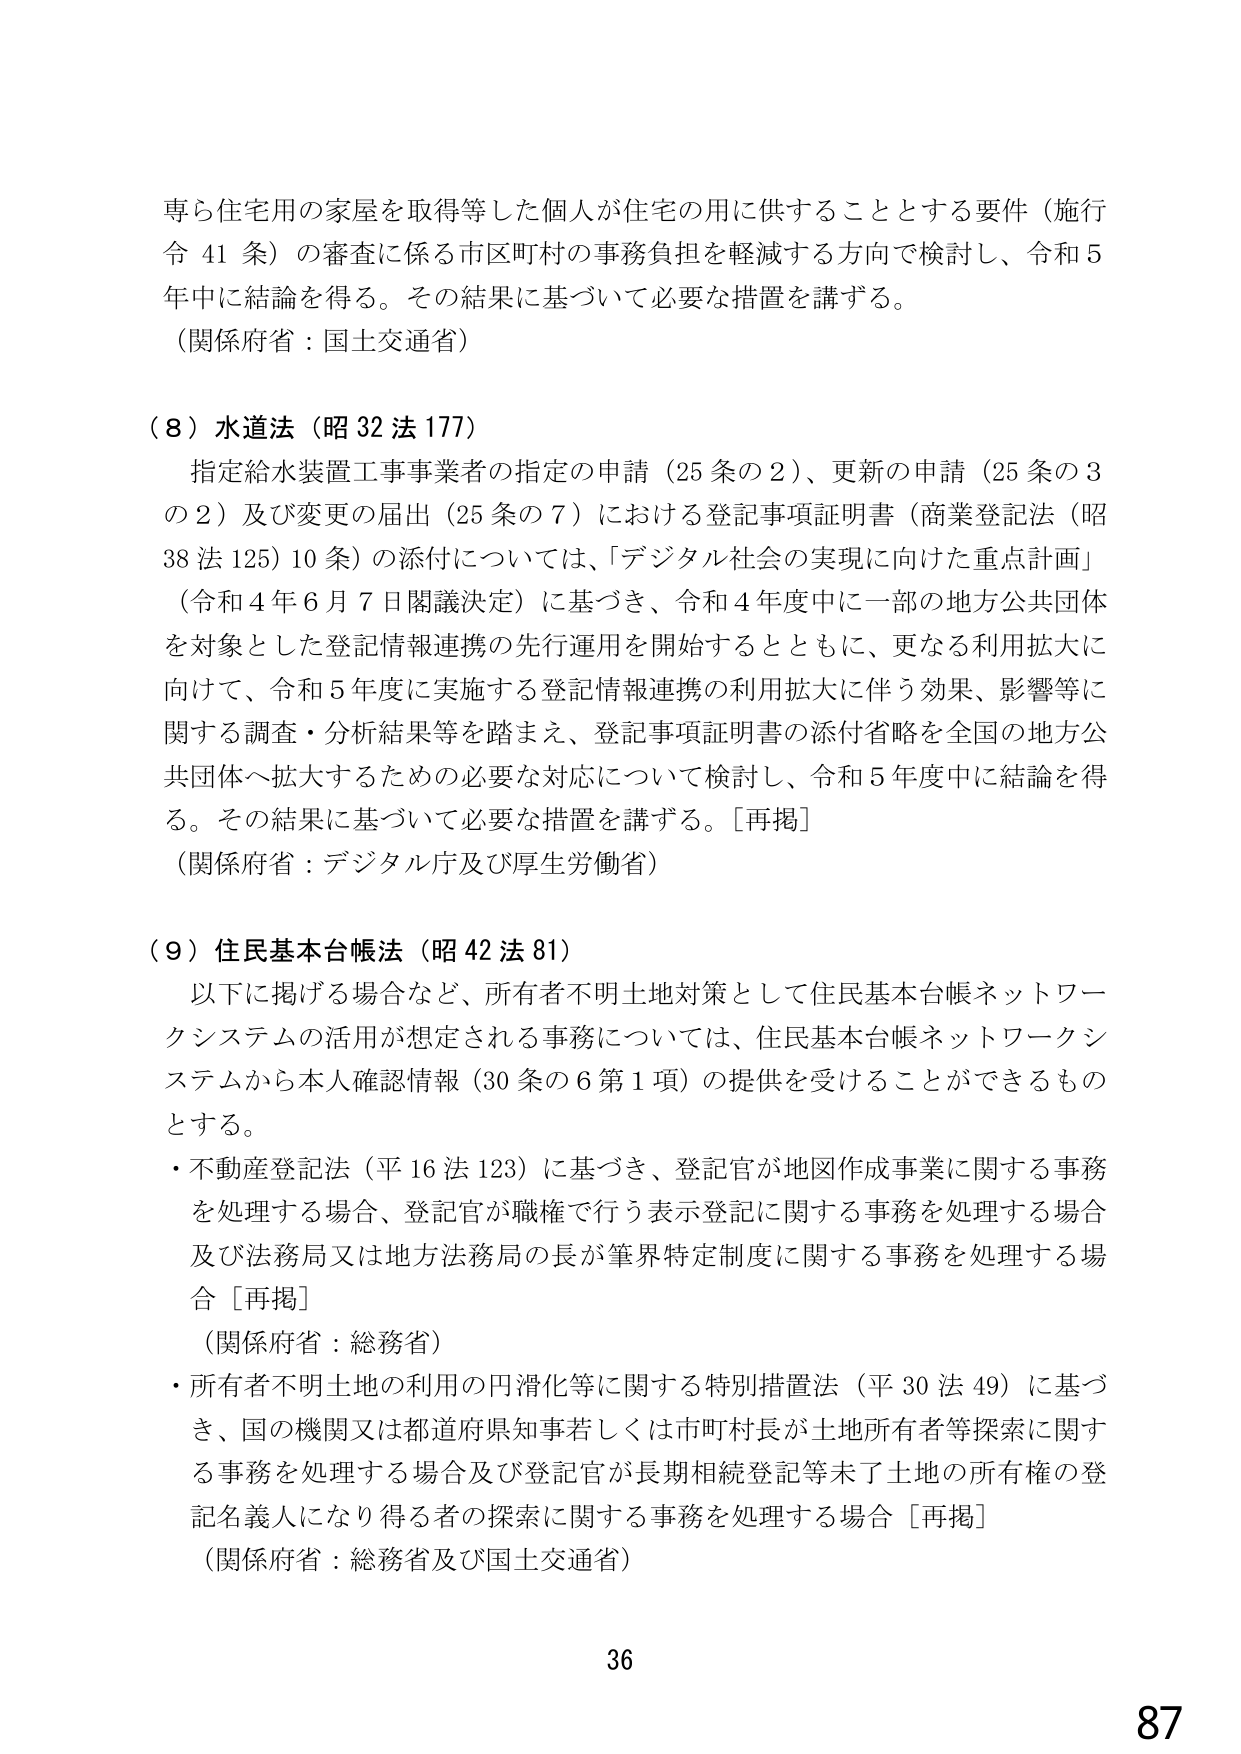
専ら住宅用の家屋を取得等した個人が住宅の用に供することとする要件（施行令41条）の審査に係る市区町村の事務負担を軽減する方向で検討し、令和5年中に結論を得る。その結果に基づいて必要な措置を講ずる。
（関係府省：国土交通省）

（８）水道法（昭32法177）
指定給水装置工事事業者の指定の申請（25条の2）、更新の申請（25条の3の2）及び変更の届出（25条の7）における登記事項証明書（商業登記法（昭38法125）10条）の添付については、「デジタル社会の実現に向けた重点計画」（令和4年6月7日閣議決定）に基づき、令和4年度中に一部の地方公共団体を対象とした登記情報連携の先行運用を開始するとともに、更なる利用拡大に向けて、令和5年度に実施する登記情報連携の利用拡大に伴う効果、影響等に関する調査・分析結果等を踏まえ、登記事項証明書の添付省略を全国の地方公共団体へ拡大するための必要な対応について検討し、令和5年度中に結論を得る。その結果に基づいて必要な措置を講ずる。［再掲］
（関係府省：デジタル庁及び厚生労働省）

（９）住民基本台帳法（昭42法81）
以下に掲げる場合など、所有者不明土地対策として住民基本台帳ネットワークシステムの活用が想定される事務については、住民基本台帳ネットワークシステムから本人確認情報（30条の6第1項）の提供を受けることができるものとする。
・不動産登記法（平16法123）に基づき、登記官が地図作成事業に関する事務を処理する場合、登記官が職権で行う表示登記に関する事務を処理する場合及び法務局又は地方法務局の長が筆界特定制度に関する事務を処理する場合［再掲］
（関係府省：総務省）
・所有者不明土地の利用の円滑化等に関する特別措置法（平30法49）に基づき、国の機関又は都道府県知事若しくは市町村長が土地所有者等探索に関する事務を処理する場合及び登記官が長期相続登記等未了土地の所有権の登記名義人になり得る者の探索に関する事務を処理する場合［再掲］
（関係府省：総務省及び国土交通省）

36
87